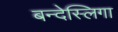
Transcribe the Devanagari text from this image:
बन्देस्लिगा